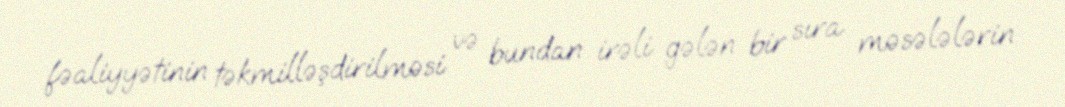
fəaliyyətinin təkmilləşdirilməsi və bundan irəli gələn bir sıra məsələlərin